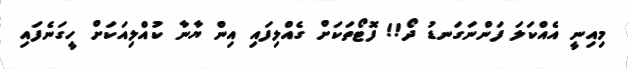
މިއިނީ އެއްކަލަ ފަންނަގަނޑު ދޯ!! ފޮޓޯތަކަށް ގެއްލިފައި އިން ޔާނާ ކުއްލިއަކަށް ހީގަނެފައި